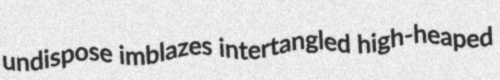
undispose imblazes intertangled high-heaped